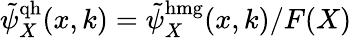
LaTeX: \tilde{\psi}_{X}^{\mathrm{qh}}(x,k)=\tilde{\psi}_{X}^{\mathrm{hmg}}(x,k)/F(X)